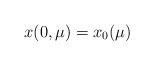
LaTeX: \begin{align*} x(0,\mu) = x_0(\mu)\end{align*}